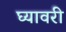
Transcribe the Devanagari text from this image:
घ्यावरी